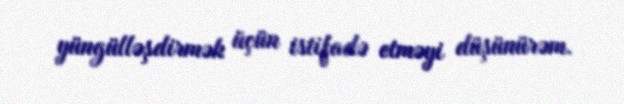
yüngülləşdirmək üçün istifadə etməyi düşünürəm.